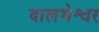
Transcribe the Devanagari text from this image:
दालभेश्वर